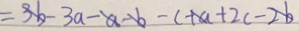
= 3 b - 3 a - a - b - c + a + 2 c - 2 b